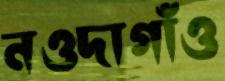
নওদাগাঁও